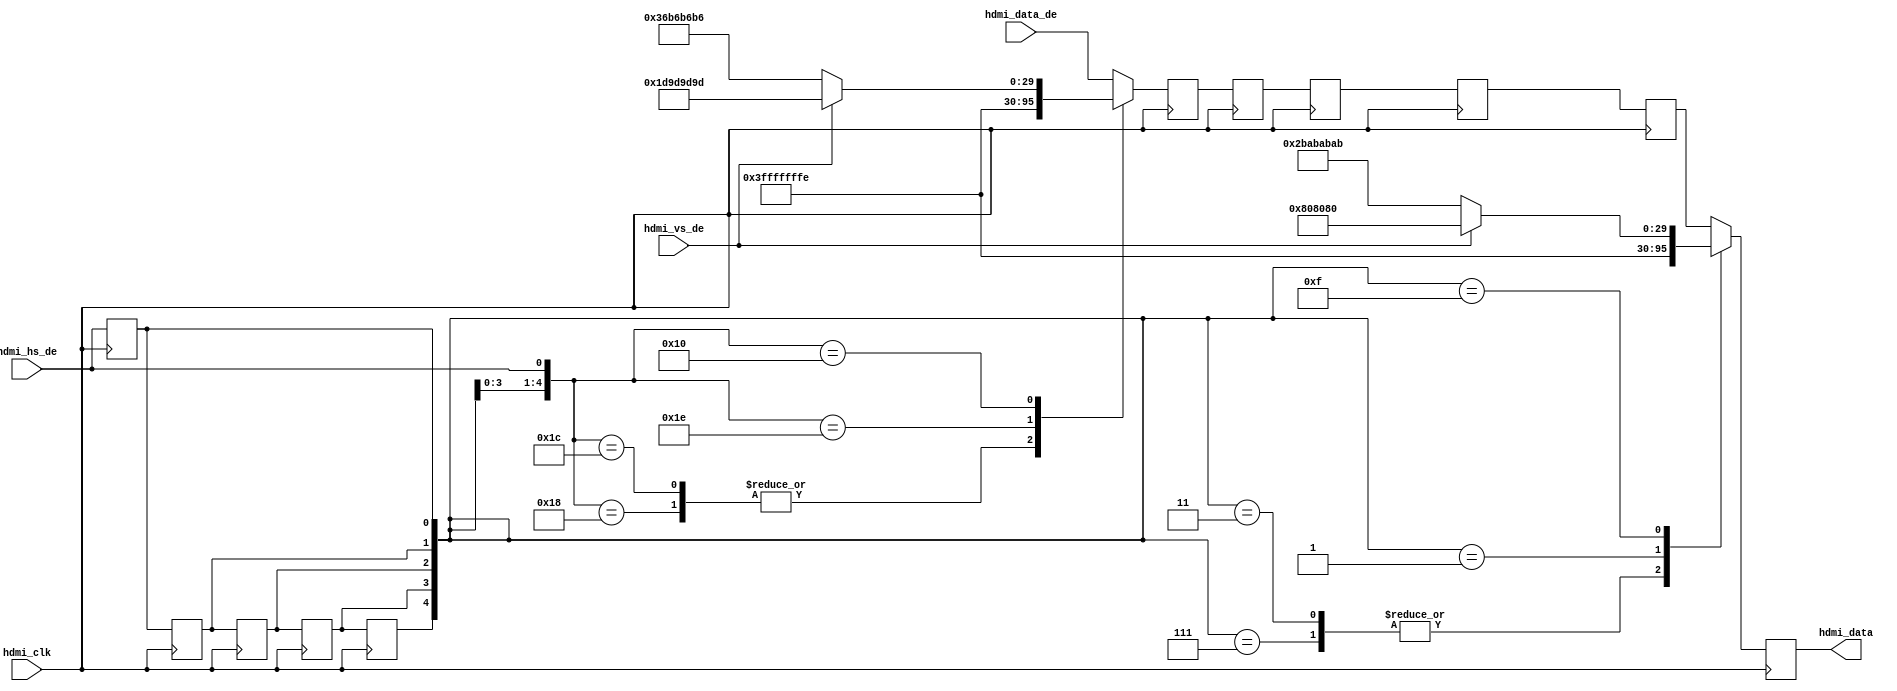
module axi_hdmi_tx_es #(
  parameter   DATA_WIDTH = 32) (
  input                   hdmi_clk,
  input                   hdmi_hs_de,
  input                   hdmi_vs_de,
  input       [(DATA_WIDTH-1):0]  hdmi_data_de,
  output  reg [(DATA_WIDTH-1):0]  hdmi_data);
  localparam  BYTE_WIDTH = DATA_WIDTH/8;
  reg                         hdmi_hs_de_d = 'd0;
  reg     [(DATA_WIDTH-1):0]  hdmi_data_d = 'd0;
  reg                         hdmi_hs_de_2d = 'd0;
  reg     [(DATA_WIDTH-1):0]  hdmi_data_2d = 'd0;
  reg                         hdmi_hs_de_3d = 'd0;
  reg     [(DATA_WIDTH-1):0]  hdmi_data_3d = 'd0;
  reg                         hdmi_hs_de_4d = 'd0;
  reg     [(DATA_WIDTH-1):0]  hdmi_data_4d = 'd0;
  reg                         hdmi_hs_de_5d = 'd0;
  reg     [(DATA_WIDTH-1):0]  hdmi_data_5d = 'd0;
  wire    [(DATA_WIDTH-1):0]  hdmi_sav_s;
  wire    [(DATA_WIDTH-1):0]  hdmi_eav_s;
  assign hdmi_sav_s = (hdmi_vs_de == 1) ? {BYTE_WIDTH{8'h80}} : {BYTE_WIDTH{8'hab}};
  assign hdmi_eav_s = (hdmi_vs_de == 1) ? {BYTE_WIDTH{8'h9d}} : {BYTE_WIDTH{8'hb6}};
  always @(posedge hdmi_clk) begin
    hdmi_hs_de_d <= hdmi_hs_de;
    case ({hdmi_hs_de_4d, hdmi_hs_de_3d, hdmi_hs_de_2d,
      hdmi_hs_de_d, hdmi_hs_de})
      5'b11000: hdmi_data_d <= {BYTE_WIDTH{8'h00}};
      5'b11100: hdmi_data_d <= {BYTE_WIDTH{8'h00}};
      5'b11110: hdmi_data_d <= {BYTE_WIDTH{8'hff}};
      5'b10000: hdmi_data_d <= hdmi_eav_s;
      default: hdmi_data_d <= hdmi_data_de;
    endcase
    hdmi_hs_de_2d <= hdmi_hs_de_d;
    hdmi_data_2d <= hdmi_data_d;
    hdmi_hs_de_3d <= hdmi_hs_de_2d;
    hdmi_data_3d <= hdmi_data_2d;
    hdmi_hs_de_4d <= hdmi_hs_de_3d;
    hdmi_data_4d <= hdmi_data_3d;
    hdmi_hs_de_5d <= hdmi_hs_de_4d;
    hdmi_data_5d <= hdmi_data_4d;
    case ({hdmi_hs_de_5d, hdmi_hs_de_4d, hdmi_hs_de_3d,
      hdmi_hs_de_2d, hdmi_hs_de_d})
      5'b00111: hdmi_data <= {BYTE_WIDTH{8'h00}};
      5'b00011: hdmi_data <= {BYTE_WIDTH{8'h00}};
      5'b00001: hdmi_data <= {BYTE_WIDTH{8'hff}};
      5'b01111: hdmi_data <= hdmi_sav_s;
      default:  hdmi_data <= hdmi_data_5d;
    endcase
  end
endmodule